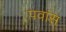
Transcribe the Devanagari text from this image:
पवांस